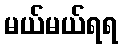
မယ်မယ်ရရ